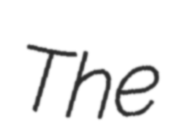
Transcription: The